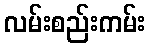
လမ်းစည်းကမ်း